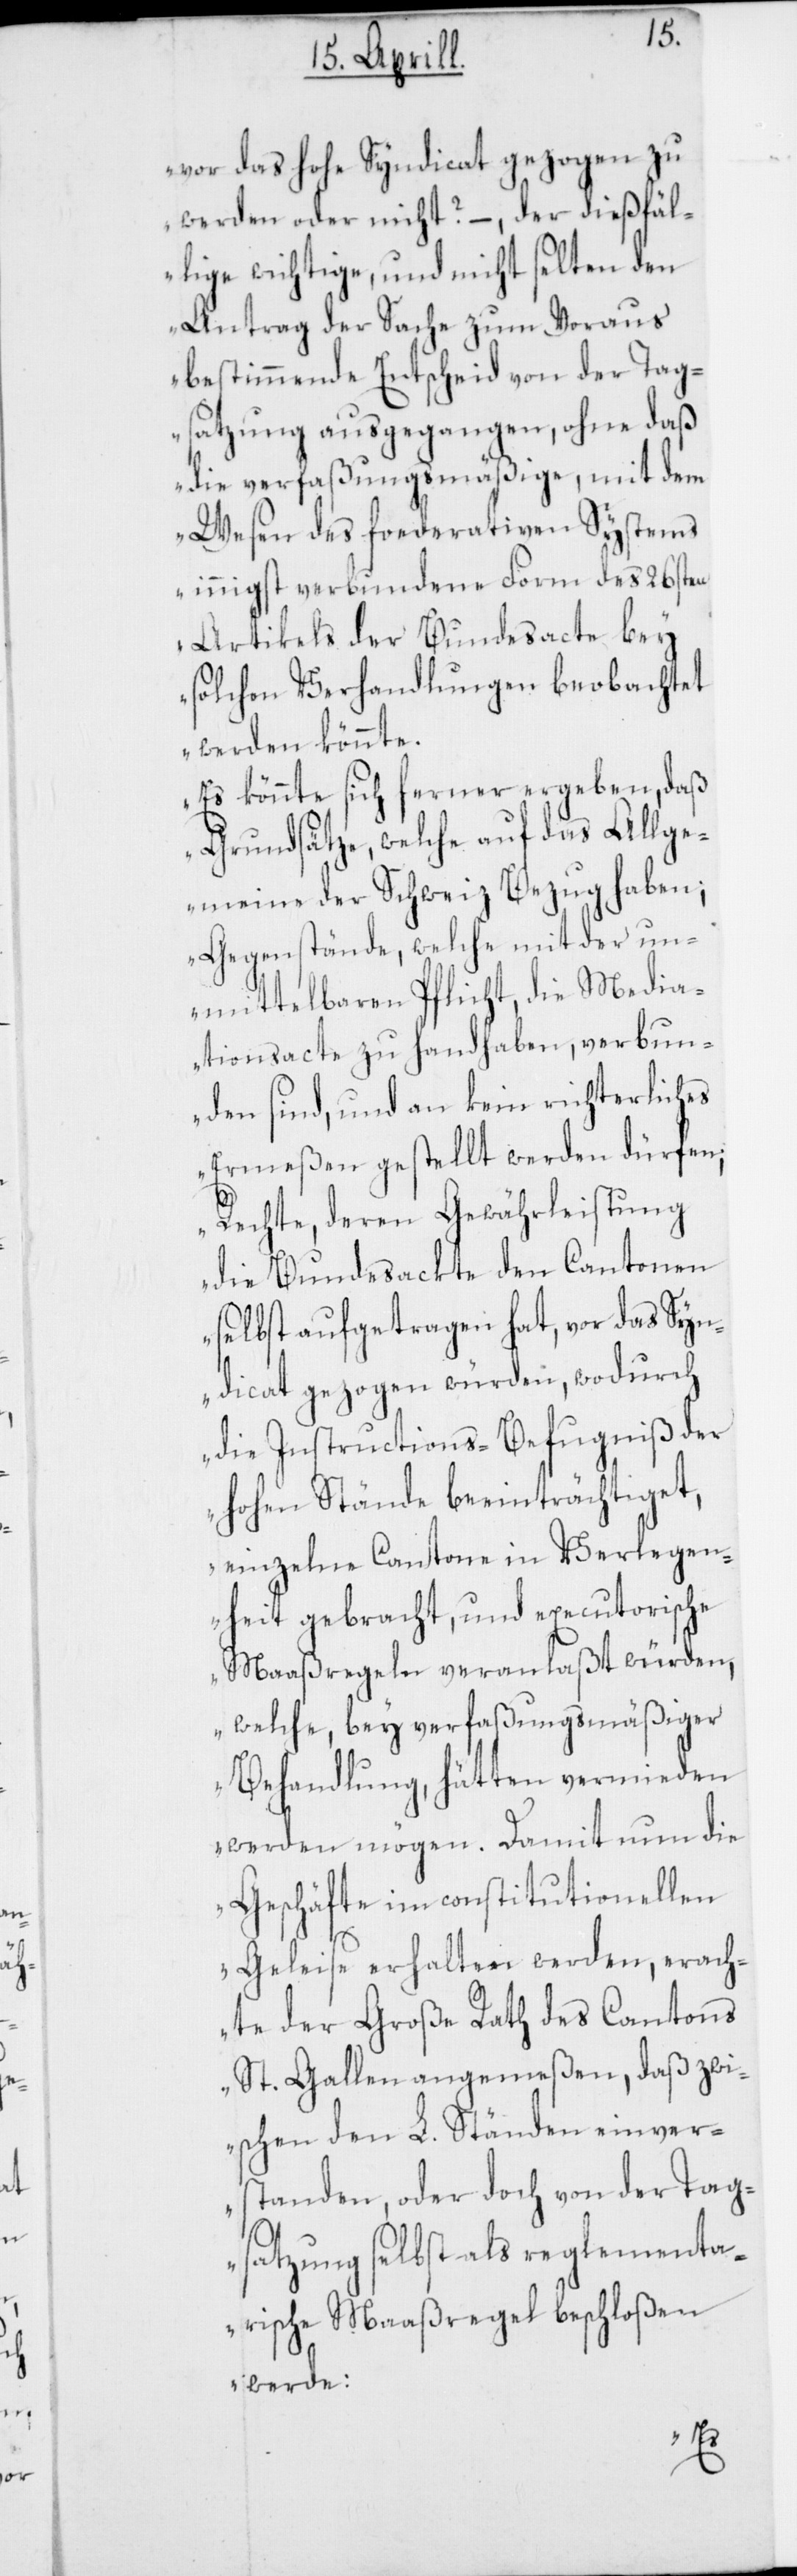
vor das hohe Syndicat gezogen zu
werden oder nicht? – der dießfäl¬
lige wichtige und nicht selten den
Antrag der Sache zum Voraus
bestimmende Entscheid von der Tag¬
satzung ausgegangen, ohne daß
die verfaßungsmäßige, mit dem
Wesen des foederativen Systems
innigst verbundene Form des 26sten
Artikels der Bundesacte bey
solchen Verhandlungen beobachtet
werden könnte.
Es könnte sich ferner ergeben, daß
Grundsätze, welche auf das Allge¬
meine der Schweiz Bezug haben;
Gegenstände, welche mit der un¬
mittelbaren Pflicht, die Media¬
tionsacte zu handhaben, verbun¬
den sind, und an kein richterliches
Ermeßen gestellt werden dürfen;
Rechte, deren Gewährleistung
die Bundesackte den Cantonen
selbst aufgetragen hat, vor das Syn¬
dicat gezogen würden, wodurch
die Instructions-Befugniß der
hohen Stände beeinträchtiget,
einzelne Cantone in Verlegen¬
heit gebracht, und executorische
Maaßregeln veranlaßt würden,
welche, bey verfaßungsmäßiger
Behandlung, hätten vermieden
werden mögen. Damit nun die
Geschäfte im constitutionellen
Geleise erhalten werden, erach¬
te der Große Rath des Cantons
St. Gallen angemeßen, daß zwi¬
schen den L. Ständen einver¬
standen, oder doch von der Tag¬
satzung selbst als reglementa¬
rische Maaßregel beschloßen
werde: